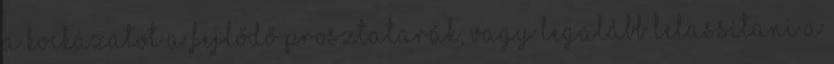
a kockázatot a fejlődő prosztatarák, vagy legalább lelassítani a